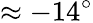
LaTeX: \approx-14^{\circ}